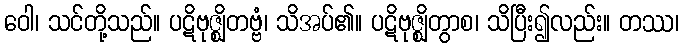
ဝေါ၊ သင်တို့သည်။ ပဋိဗုဇ္ဈိတဗ္ဗံ၊ သိအပ်၏။ ပဋိဗုဇ္ဈိတွာစ၊ သိပြီး၍လည်း။ တဿ၊